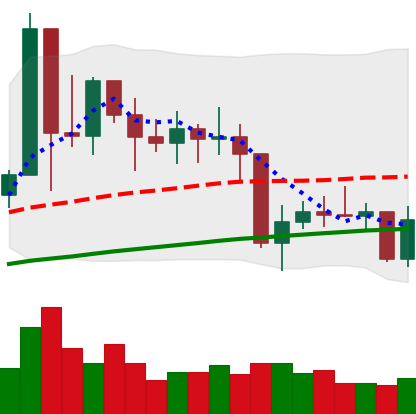
Ticker: XMR-USD
Chart end date: 2021-01-28
Forward return: 11.426%
Label: up_7plus